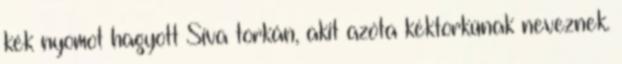
kék nyomot hagyott Siva torkán, akit azóta kéktorkúnak neveznek.